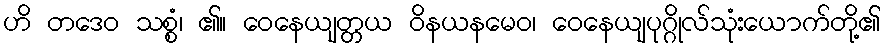
ဟိ တဒေဝ သစ္စံ၊ ၏။ ဝေနေယျတ္တယ ဝိနယနမေဝ၊ ဝေနေယျပုဂ္ဂိုလ်သုံးယောက်တို့၏